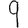
Digit: 9